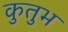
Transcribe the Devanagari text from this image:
कुतुभ